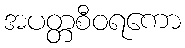
အပတ္တစီဝရကော